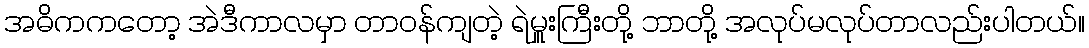
အဓိကကတော့ အဲဒီကာလမှာ တာဝန်ကျတဲ့ ရဲမှူးကြီးတို့ ဘာတို့ အလုပ်မလုပ်တာလည်းပါတယ်။